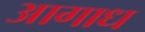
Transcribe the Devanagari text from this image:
आगाध